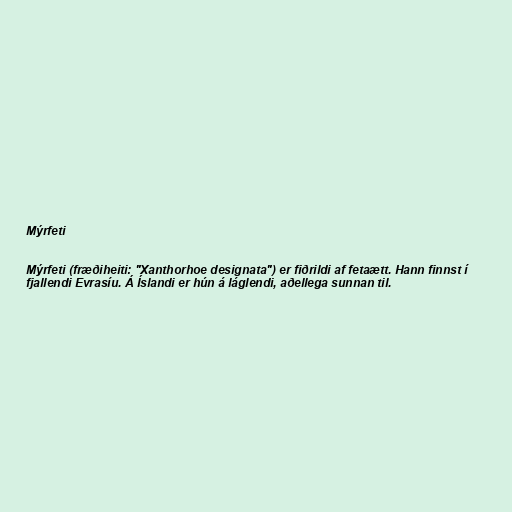
Mýrfeti

Mýrfeti (fræðiheiti: "Xanthorhoe designata") er fiðrildi af fetaætt. Hann finnst í
fjallendi Evrasíu. Á Íslandi er hún á láglendi, aðellega sunnan til.